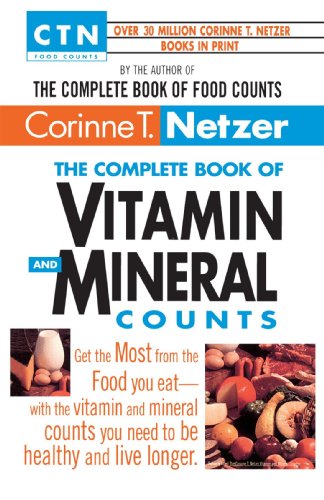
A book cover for The Complete Book of Vitamin and Mineral Counts (Ctn Food Counts); Corinne T. Netzer; Health, Fitness & Dieting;